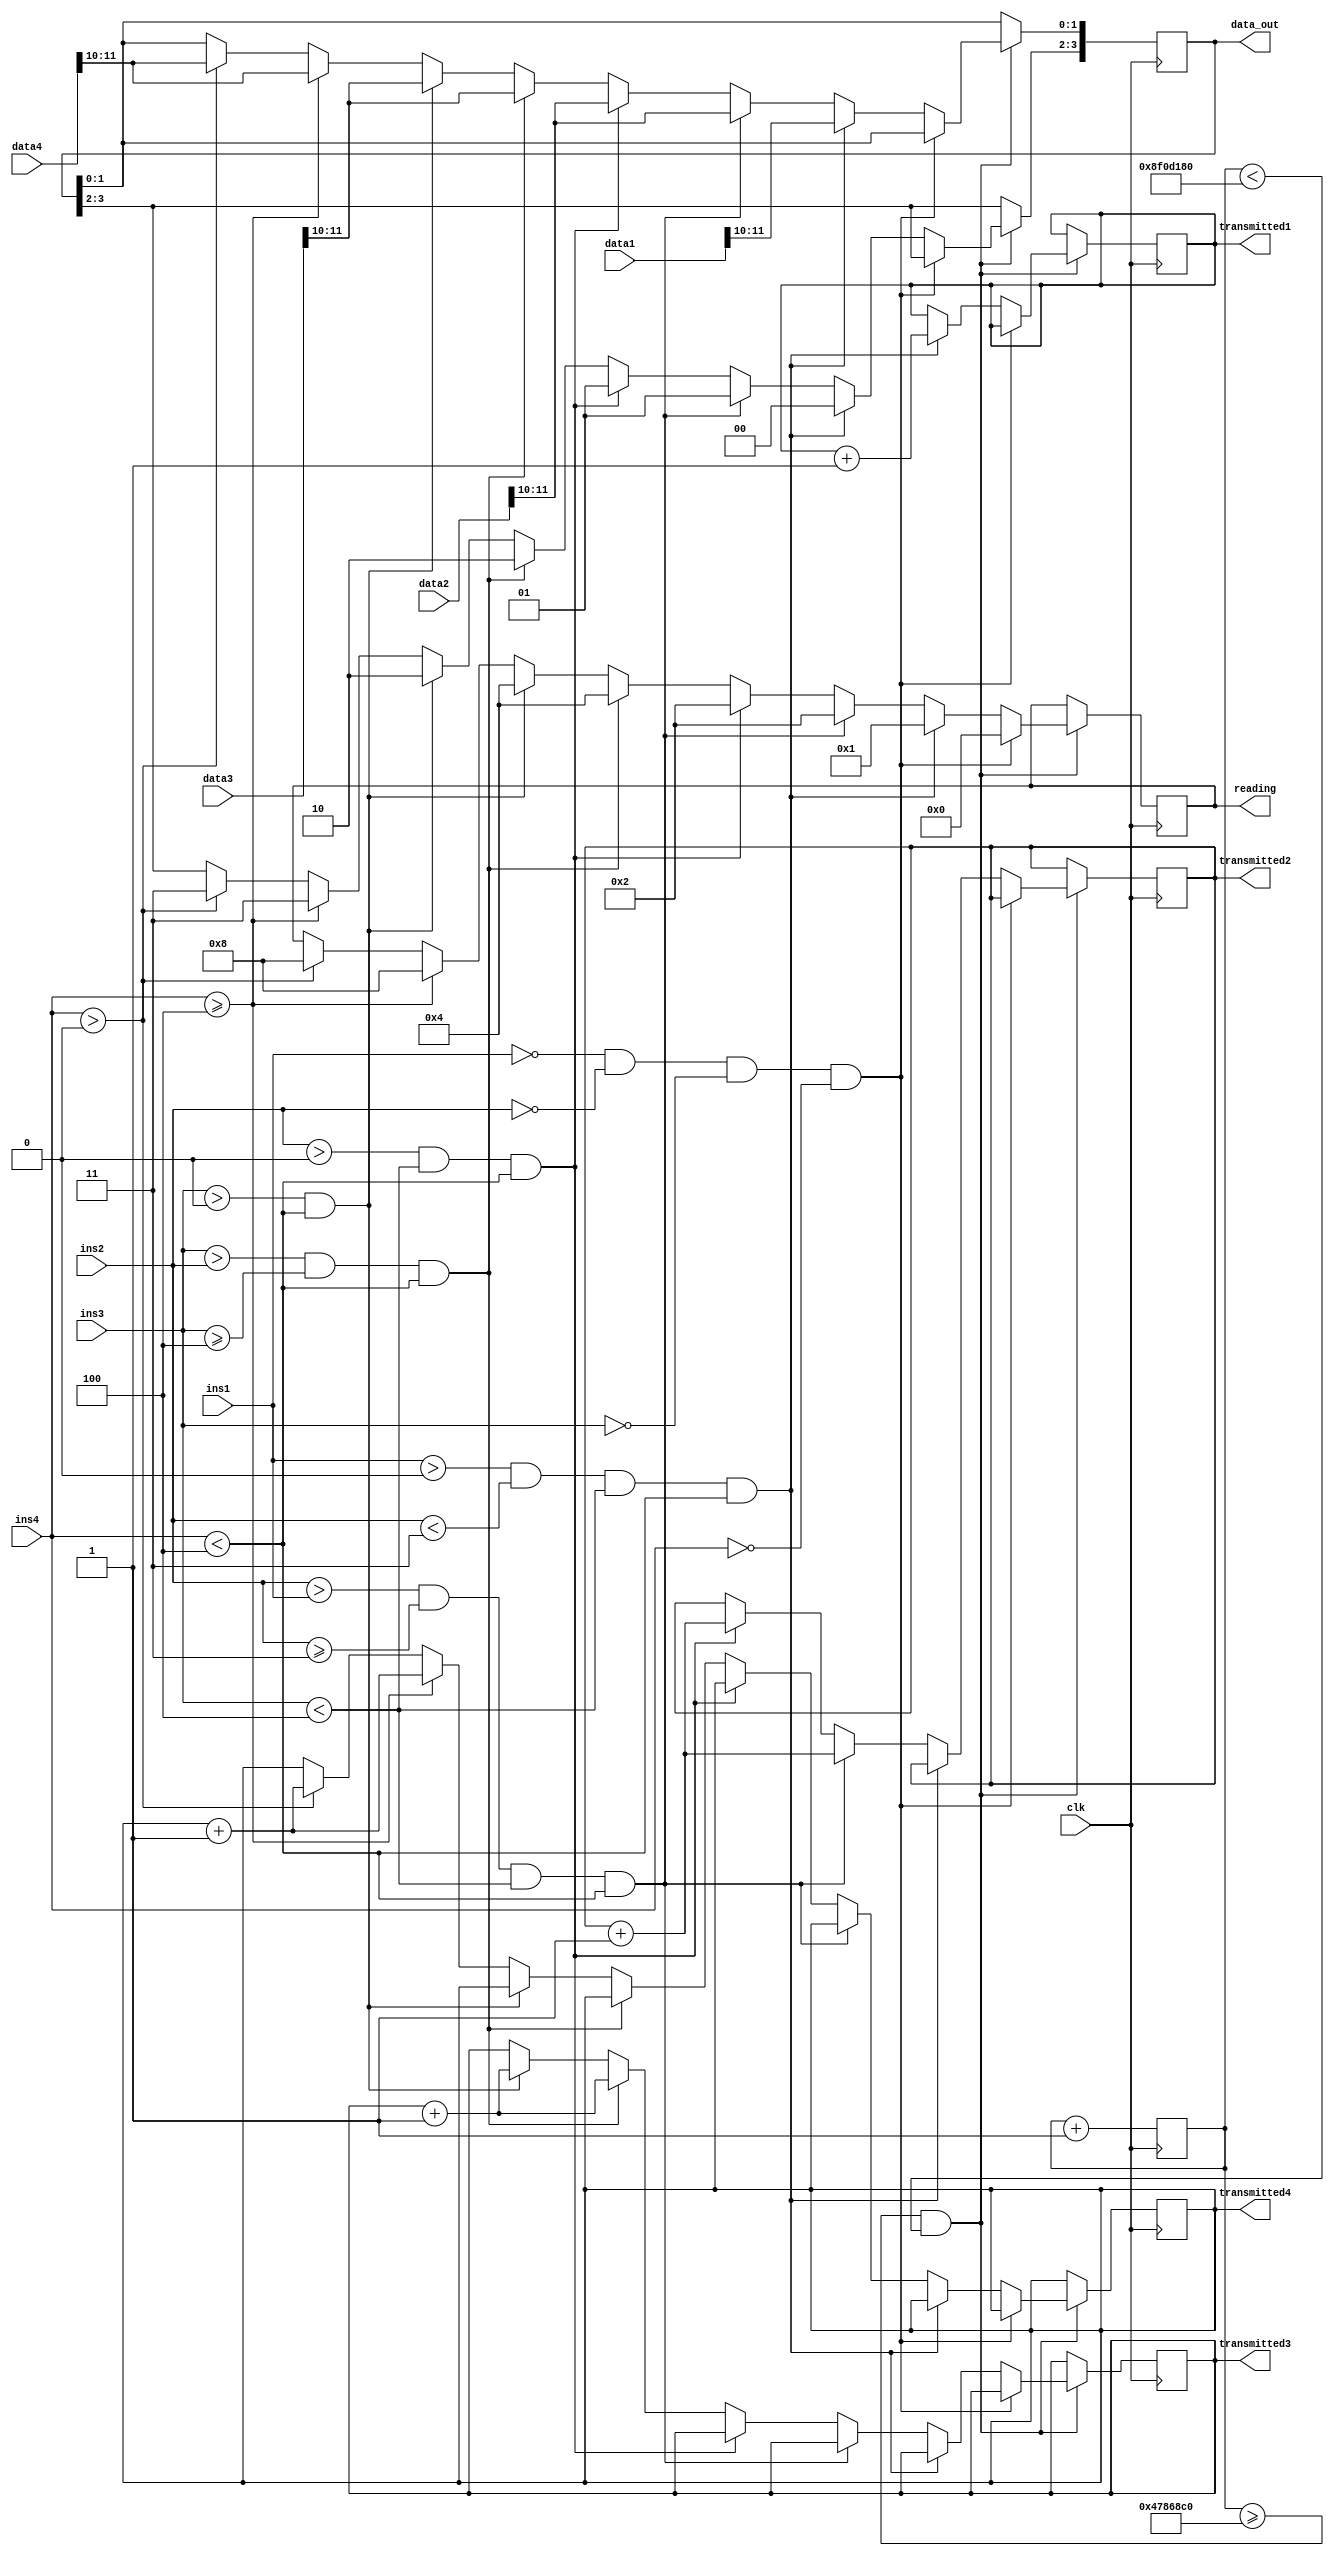
module reading(data1,data2,data3,data4,clk,ins1,ins2,ins3,ins4,reading,data_out,
transmitted1, transmitted2,transmitted3,transmitted4);



	input [11:0]data1,data2,data3,data4;
	input clk;
	input [2:0]ins1,ins2,ins3,ins4;
	
	output reg [3:0]reading;
	output reg [3:0] data_out;
	output reg [15:0] transmitted1, transmitted2,transmitted3,transmitted4;
	
	reg[1:0] count;
	
	initial begin
	
	count<=0;
	reading<=4'd0;
	
	end
	
	
	always@(posedge clk) begin
	
		
		if (count>=25000000*3 & count<50000000*3) begin 
		
			if (ins1==0 && ins2==0 && ins3==0 && ins4==0)
			
				reading<=4'd0;
				
			else begin
			
				
				
				if (ins1>0 & ins2<3 & ins3<4 & ins4<4)begin
		
					data_out[3:2]<=2'b00;
					data_out[1:0]<=data1[11:10];
					reading<=4'b0001;
					transmitted1<=transmitted1+1;
				
				end
			
				else if  (ins2>ins1 & ins2>=3 & ins3<4 & ins4<4)begin
				
					data_out[3:2]<=2'b01;
					data_out[1:0]<=data2[11:10];
					reading<=4'b0010;
					transmitted2<=transmitted2+1;
					
				end
			
				else if (ins2>0 & ins3<4 & ins4<4)begin
				
					data_out[3:2]<=2'b01;
					data_out[1:0]<=data2[11:10];
					reading<=4'b0010;
					transmitted2<=transmitted2+1;
					
				
				end
			
				else if (ins3>ins2 & ins3>=4 & ins4<4)begin
				
					data_out[3:2]<=2'b10;
					data_out[1:0]<=data3[11:10];
					reading<=4'b0100;
					transmitted3<=transmitted3+1;
				
				end
				
				else if (ins3>0 & ins4<4)begin
			
					data_out[3:2]<=2'b10;
					data_out[1:0]<=data3[11:10];
					reading<=4'b0100;
					transmitted3<=transmitted3+1;
				
				end
				
				else if (ins4>=4)begin
				
					data_out[3:2]<=2'b11;
					data_out[1:0]<=data4[11:10];
					reading<=4'b1000;
					transmitted4<=transmitted4+1;
					
				end
					
				else if (ins4>0)begin
				
					data_out[3:2]<=2'b11;
					data_out[1:0]<=data4[11:10];
					reading<=4'b1000;
					transmitted4<=transmitted4+1;

				end
				
				
			end
			
			count<=count+1;
		end
		
		else if (count==50000000) count<=0;
		
		else count<=count+1;
	
	
	end
	
endmodule